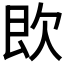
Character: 𣢣